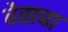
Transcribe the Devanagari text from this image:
वेताचा